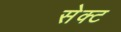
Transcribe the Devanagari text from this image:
सेक्‍ट